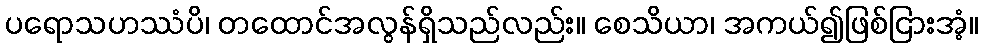
ပရောသဟဿံပိ၊ တထောင်အလွန်ရှိသည်လည်း။ စေသိယာ၊ အကယ်၍ဖြစ်ငြားအံ့။